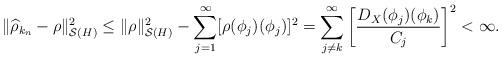
LaTeX: \begin{align*}\|\widehat{\rho}_{k_{n}}-\rho\|_{\mathcal{S}(H)}^{2}\leq \|\rho\|_{\mathcal{S}(H)}^{2}-\sum_{j=1}^{\infty}[\rho(\phi_{j})(\phi_{j})]^{2}=\sum_{j\neq k}^{\infty}\left[\frac{D_{X}(\phi_{j})(\phi_{k})}{C_{j}}\right]^{2}<\infty.\end{align*}